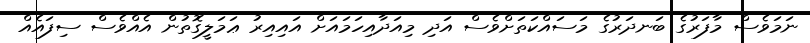
ނަމަވެސް މާފަރުގެ ބަނދަރުގެ މަސައްކަތަށްވެސް އަދި މިއަދާއިހަމައަށް އައިއިރު ޢަމަލީގޮތުން އެއްވެސް ސިފައެއް